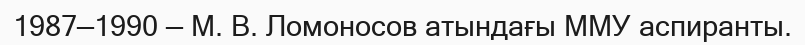
1987—1990 — М. В. Ломоносов атындағы ММУ аспиранты.